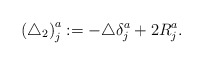
\begin{align*}\left( \triangle _2\right) _j^a:=-\triangle \delta _j^a+2R_j^a. \end{align*}